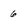
Character: 6